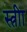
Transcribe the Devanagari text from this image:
स्त्रीा